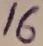
Text: 16